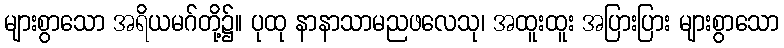
များစွာသော အရိယမဂ်တို့၌။ ပုထု နာနာသာမညဖလေသု၊ အထူးထူး အပြားပြား များစွာသော